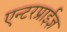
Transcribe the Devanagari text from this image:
एन्टरप्राईज्ञ